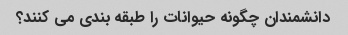
دانشمندان چگونه حیوانات را طبقه بندی می کنند؟